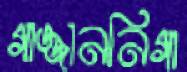
গাজ্জাননিগা